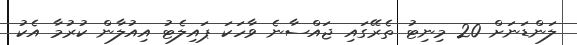
ލަންޑަނަށް 20 މިނިޓު ތެރޭގައި ޖައްސާނެ ވާހަކަ ޕައިލެޓު އިއުލާން ކުރުމާ އެކު